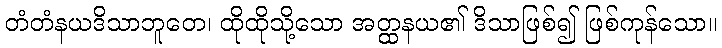
တံတံနယဒိသာဘူတေ၊ ထိုထိုသို့သော အတ္ထနယ၏ ဒိသာဖြစ်၍ ဖြစ်ကုန်သော။